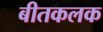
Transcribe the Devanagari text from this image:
बीतकलक